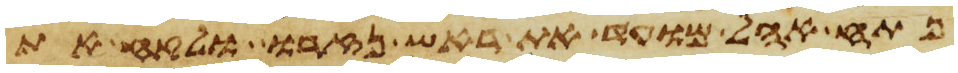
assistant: פתח אהל מועד את ראש נזרו ולקח את